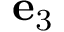
{ \bf e } _ { 3 }